Paatsalu_vallavalitsus, lk 6
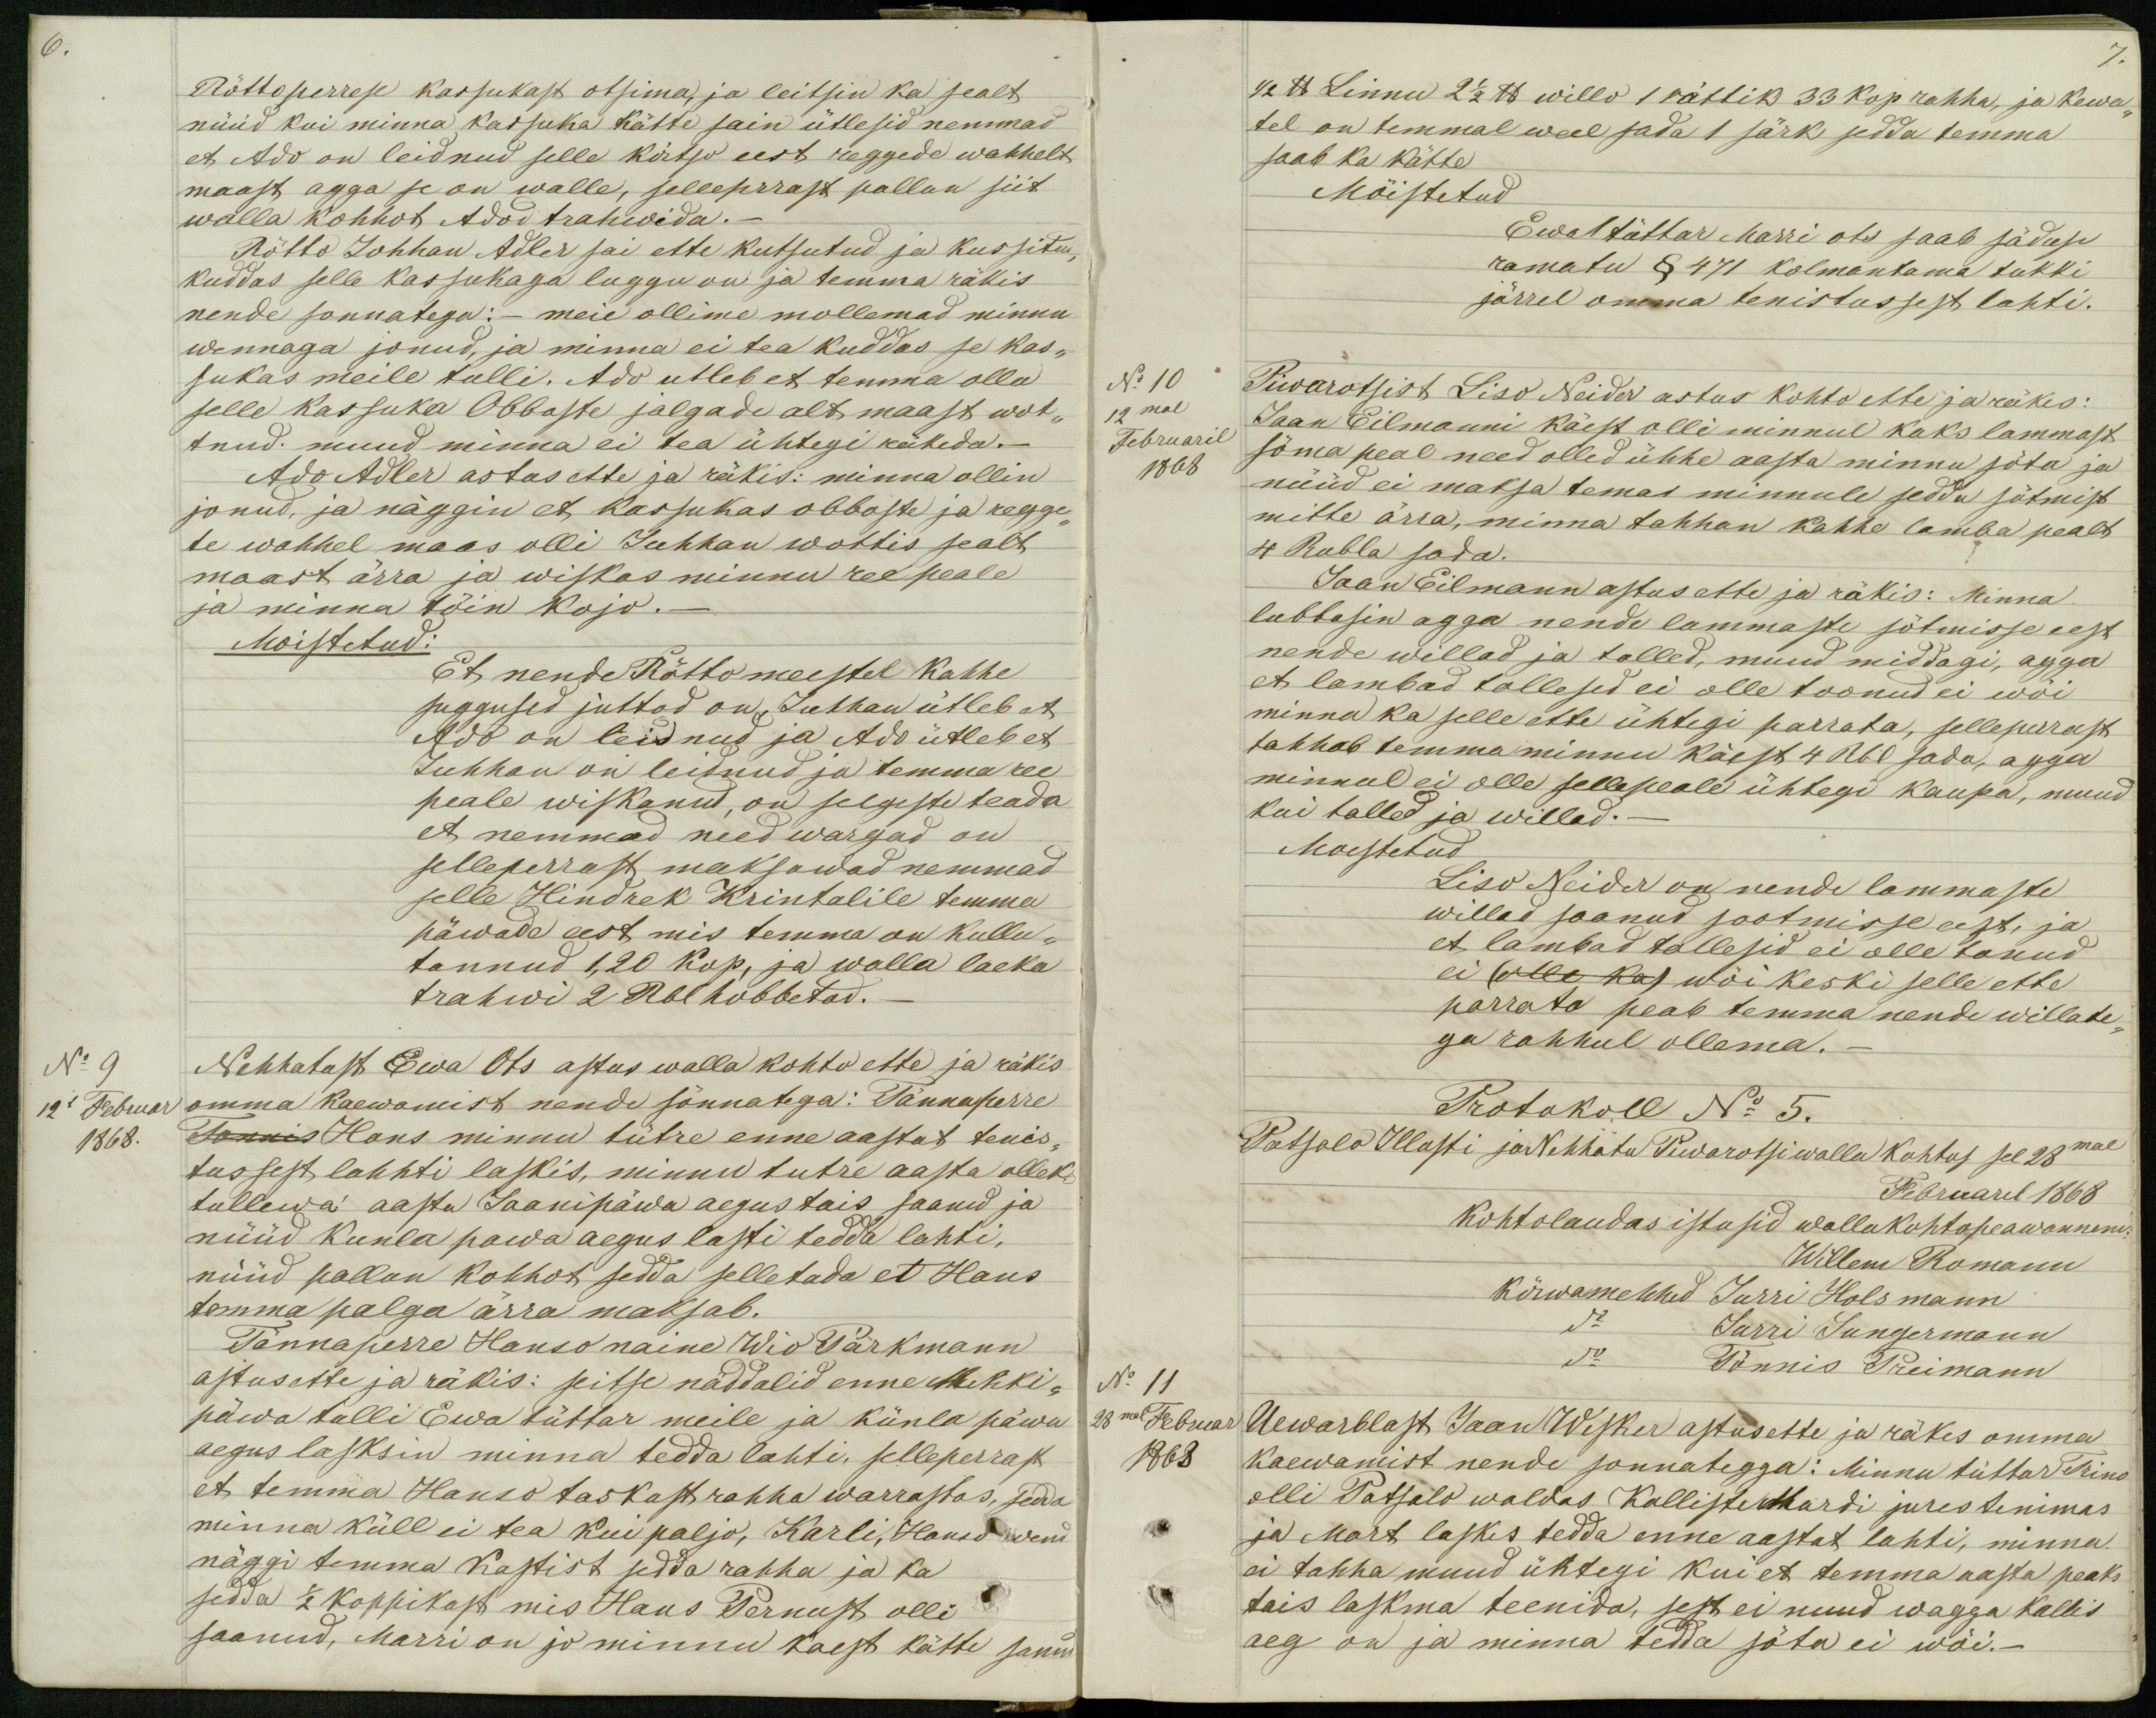
Rötto perrese kassukast otsima, ja leitsin ka sealt
nüüd kui minna kassuka kätte sain ütlesid nemmad
et Ado on leidnud selle kõrtso eest reggede wahhelt
maast agga se on walle, selleprrast pallun siit
walla kohhot Adod trahwida._
Rötto Johhan Adler sai ette kutsutud ja kussitud
kuddas selle kassukaga luggu on ja temma räkis
nende sonnatega: - meie ollime mollemad minnu
wennaga jonud, ja minna ei tea kuddas se kas-
sukas meile tulli. Ado utleb et temma olla
selle kassuka Obboste jalgade alt maast wot-
tnud. muud minna ei tea ühtegi räkeda._
Ado Adler astus ette ja räkis: minna ollin
jonud, ja näggin et kassukas obboste ja regge-
te wahhel maas olli Juhhan wottis sealt
maast ärra ja wiskas minnu ree peale
ja minna tõin kojo._
Moistetud:
Et nende Rötto meestel Kahhe
suggused juttod on, Juhhan ütleb et
Ado on leidnud ja Ado ütleb et
Juhhan on leidnud ja temma ree
peale wiskanud, on selgeste teada
et nemmad need wargad on
selleperrast maksawad nemmad
selle Hindrek Krintalile temma
päwade eest mis temma on kullu-
tannud 1,20 kop, ja walla laeka
trahwi 2 Rbl hobbetad. _
No 9
Nehhatust Ewa Ots astus walla kohto ette ja räkis
12l Februar
omma kaewamist nende sõnnatega: Tännaperre
1868.
Tonnis Hans minnu tütre enne aastat tenis-
tussest lahhti laskis, minnu tutre aasta olleks
tullewa aasta Jaanipäwa aegus tais saanud ja
nüüd kunla pawa aegus lasti tedda lahti,
nüüd pallun kohhot sedda selletada et Hans
temma palga ärra maksab.
Tännaperre Hanso naine Wio Pärkmann
astus ette ja räkis: seitse näddalid enne Mehki-
päwa tulli Ewa tüttar meile ja künla päwa
aegus lasksin minna tedda lahti, selleperrast
et temma Hanso taskust rahha warrastas, sedda
minna küll ei tea kui paljo, Karli, Hanso vend
näggi temma kastist sedda rahha ja ka
sedda 1/2 koppikast mis Hans Pernust olli
saanud, Marri on jo minnu kaest kätte sanud

1/2 lb Linnu 2 1/2 lb willo 1 rättik 33 kop rahha, ja kewa-
tel on temmal weel sada 1 särk sedda temma
saab ka kätte
Mõistetud
Ewal tüttar Marri ots saab säduse
ramatu § 471 kolmantama tukki
järrel omma tenistussest lahti.
No 10
Piwarotsist Liso Neider astus kohto ette ja räkis:
12mal
Februaril
Jaan Eilmanni käest olli minnul kaks lammast
1868
söma peal need olled ühhe aasta minnu söta ja
nüüd ei maksa temas minnule sedda sötmist
mitte ärra, minna tahhan kahhe lamba pealt
4 Rubla sada.
Jaan Eilmann astus ette ja räkis: Minna
lubbasin agga nende lammaste sötmisse eest
nende willad ja talled, muud middagi, agga
et lambad tallesed ei olle toonud ei wõi
minna ka selle ette ühtegi parrata, selleperrast
tahhab temma minnu käest 4 Rbl sada, agga
minnul ei olle sellepeale ühtegi kaupa, muud
kui talled ja willad. _
Moestetud
Liso Neider on nende lammaste
willad saanud sootmisse eest, ja
et lambad tallesid ei olle tonud
ei (olle ka) wõi keski selle ette
parrato peab temma nende willate-
ga rahhul ollema._
Protokoll No 5.
Patsalo Illasti ja Nehhatu Piwarotsi walla kohtos sel 28mal
Februarel 1868
kohtolaudas istusid wallakohtopeawannem
Willem Romann
Kõrwamehhed Jurri Holsmann
do Jurri Jungermann
No 11
do Tönnis Preimann
28mal Februar
Uewarblast Jaan Wesker astus ette ja räkes omma
1868
kaewamist nende sonnategga: Minnu tüttar Trino
olli Patsalo waldas Kalliste Mardi jures tenimas
ja Mart laskis tedda enne aastat lahti, minna
ei tahha muud ühtegi kui et temma aasta peaks
tais laskma teenida, sest ei nuud wagga kallis
aeg on ja minna tedda söta ei wõi._